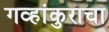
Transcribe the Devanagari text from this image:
गव्हांकुराचा